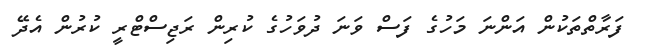
ފަރާތްތަކުން އަންނަ މަހުގެ ފަސް ވަނަ ދުވަހުގެ ކުރިން ރަޖިސްޓްރީ ކުރުން އެދޭ